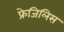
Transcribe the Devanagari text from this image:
फ्रेजिलिस